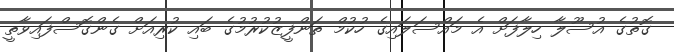
ގޮތުގެ އުސޫލާ ހިލާފަށް އެ މައްސަލައިގެ ހުކުމް ތަންފީޒުކުރުމުގެ ބައި ކުރިއަށް ގެންގޮސްފައިވާތީ